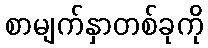
စာမျက်နှာတစ်ခုကို